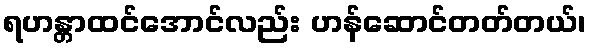
ရဟန္တာထင်အောင်လည်း ဟန်ဆောင်တတ်တယ်၊